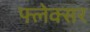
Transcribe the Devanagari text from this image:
फ्लेक्सर